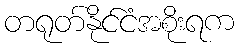
တရုတ်နိုင်ငံအစိုးရက